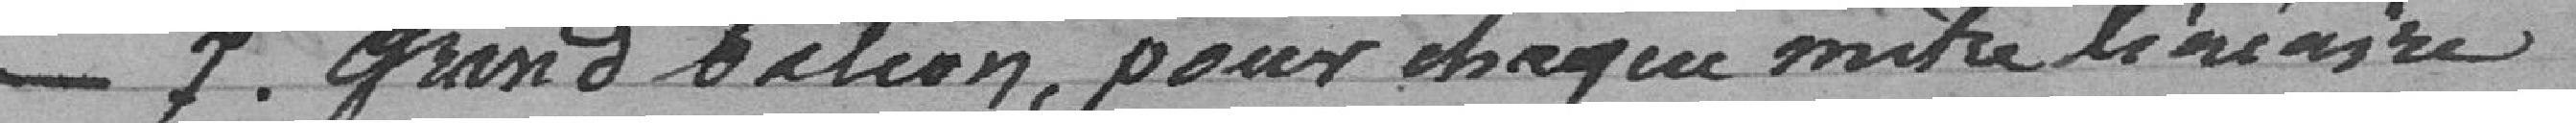
N° 7 grand balcon, pour chaque mètre linéaire